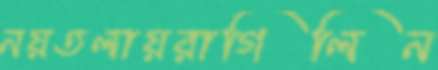
নয়তলায়রাগিলিন